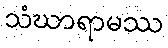
သံဃာရာမဿ